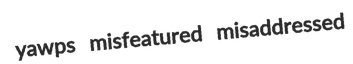
yawps misfeatured misaddressed